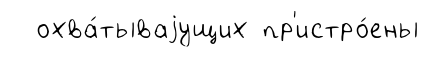
охва́тываjущих пр'истро́ены